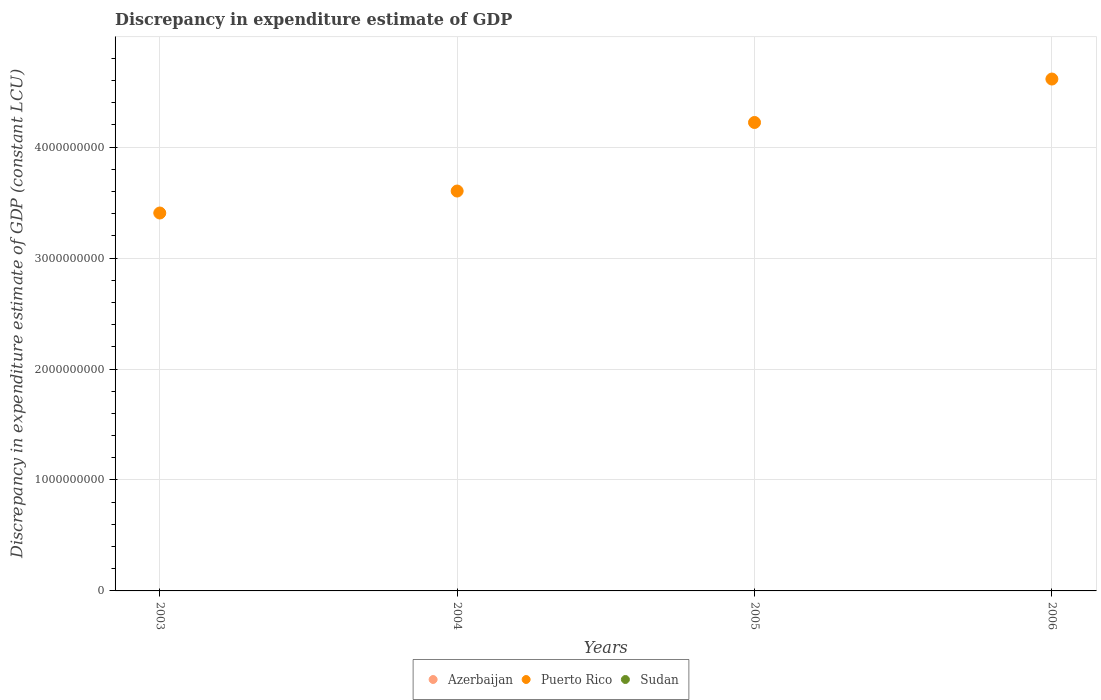
| Years | Azerbaijan | Puerto Rico | Sudan |
 | --- | --- | --- | --- |
 | 2003 | -1.33e+08 | 3.41e+09 | -5.58e+08 |
 | 2004 | -2.08e+08 | 3.6e+09 | -1.09e+09 |
 | 2005 | -3.89e+08 | 4.22e+09 | -7.11e+08 |
 | 2006 | -4.51e+08 | 4.61e+09 | -3.04e+09 |